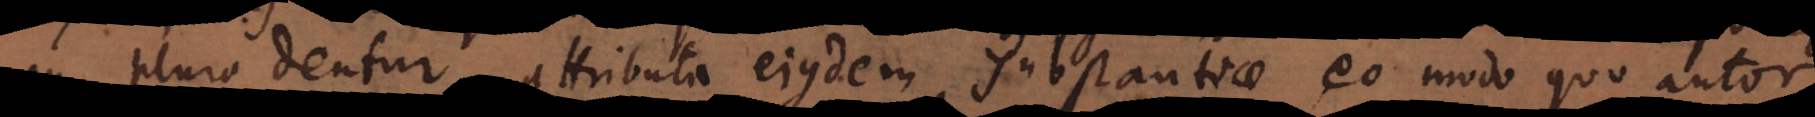
an plura dentur attributa eiusdem substantiae, eo modo quo auto